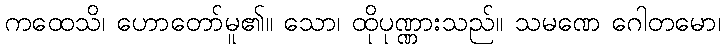
ကထေသိ၊ ဟောတော်မူ၏။ သော၊ ထိုပုဏ္ဏားသည်။ သမဏေ ဂေါတမော၊